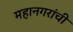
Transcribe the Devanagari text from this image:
महानगरांची